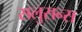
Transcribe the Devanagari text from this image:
सलुसन्स